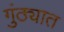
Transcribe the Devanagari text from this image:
गुंठ्यात